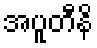
အပူတီနိ